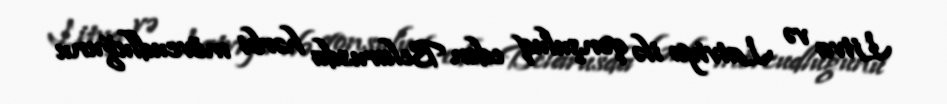
Litva və Latviya ilə qonşuluq edən Belarusda hərbi mövcudluğunu